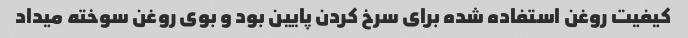
کیفیت روغن استفاده شده برای سرخ کردن پایین بود و بوی روغن سوخته میداد